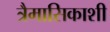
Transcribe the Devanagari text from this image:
त्रैमासिकाशी